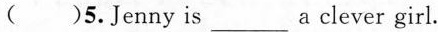
( )5.Jenny is ___a clever girl.